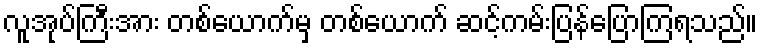
လူအုပ်ကြီးအား တစ်ယောက်မှ တစ်ယောက် ဆင့်ကမ်းပြန်ပြောကြရသည်။